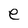
Character: e